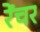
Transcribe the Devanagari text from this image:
रेंचर